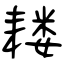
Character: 耧